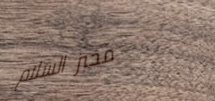
مخبز السلام